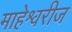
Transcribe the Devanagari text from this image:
माहेश्वरीज